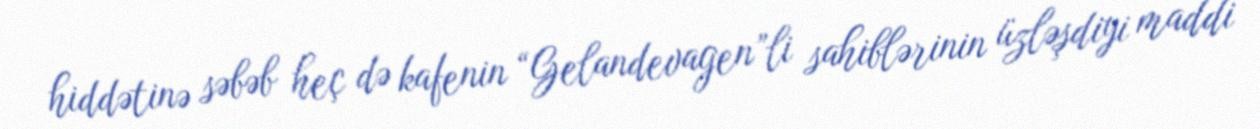
hiddətinə səbəb heç də kafenin “Gelandevagen”li sahiblərinin üzləşdiyi maddi